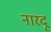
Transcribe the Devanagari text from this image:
नारदू